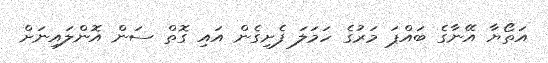
އަތޯޔާ އޭނާގެ ބައްޕަ މަރުގެ ހަމަލަ ފެށިގެން އައި ގޮތް ސަން އޮންލައިނަށް